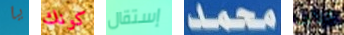
يا كونك إستقال محمد كلاما